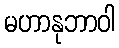
မဟာနုဘာဝါ